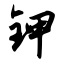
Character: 钾